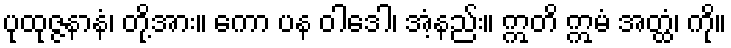
ပုထုဇ္ဇနာနံ၊ တို့အား။ ကော ပန ဝါဒေါ၊ အံ့နည်း။ ဣတိ ဣမံ အတ္ထံ၊ ကို။